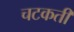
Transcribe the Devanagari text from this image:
चटकती